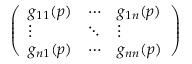
\left( \begin{array} { l l l } { g _ { 1 1 } ( p ) } & { \cdots } & { g _ { 1 n } ( p ) } \\ { \vdots } & { \ddots } & { \vdots } \\ { g _ { n 1 } ( p ) } & { \cdots } & { g _ { n n } ( p ) } \end{array} \right)